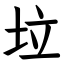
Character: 垃